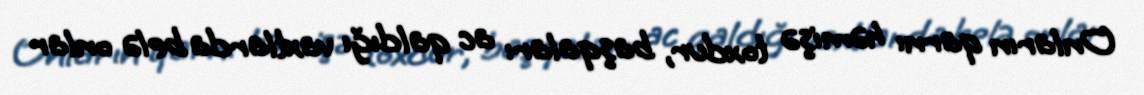
Onların qarnı həmişə toxdur, başqaları ac qaldığı vaxtlarda belə onlar